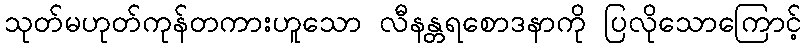
သုတ်မဟုတ်ကုန်တကားဟူသော လီနန္တရစောဒနာကို ပြလိုသောကြောင့်